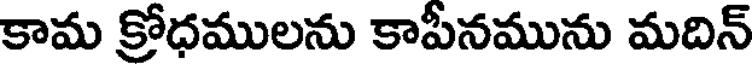
కామ క్రోధములను కాపీనమును మదిన్